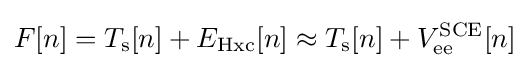
F[n]=T_{\rm {s}}[n]+E_{\rm {Hxc}}[n]\approx T_{\rm {s}}[n]+V_{\rm {ee}}^{\rm {SCE}}[n]